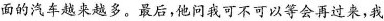
面的汽车越来越多。最后，他问我可不可以等会再过来，我